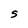
Character: S